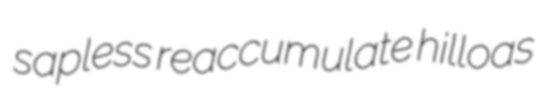
sapless reaccumulate hilloas